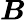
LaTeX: \boldsymbol{B}